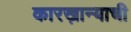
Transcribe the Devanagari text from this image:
कारख़ान्याची